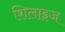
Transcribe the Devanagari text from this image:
शिलाइज